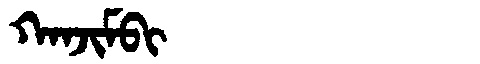
Manchu: ᡴᠠᠨᠵᡳᠮᠪᡳ
Romanization: KANJIMBI